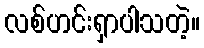
လစ်ဟင်းရှာပါသတဲ့။